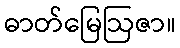
ဓာတ်မြေဩဇာ။